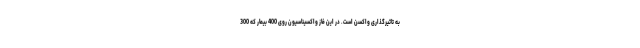
به تاثیرگذاری واکسن است. در این فاز واکسیناسیون روی 400 بیمار که 300